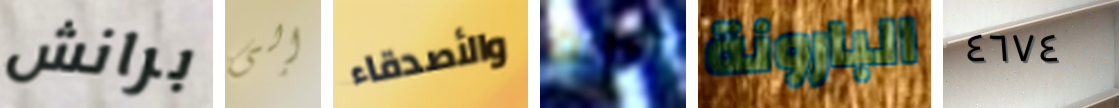
برانش إلى والأصدقاء حزنت البارونة ٤٦٧٤